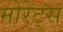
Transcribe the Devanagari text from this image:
मोरेट्स